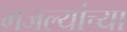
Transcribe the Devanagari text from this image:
मजल्यांच्या